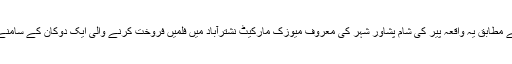
پولیس کے مطابق یہ واقعہ پیر کی شام پشاور شہر کی معروف میوزک مارکیٹ نشترآباد میں فلمیں فروخت کرنے والی ایک دوکان کے سامنے پیش آیا۔